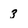
Character: 3